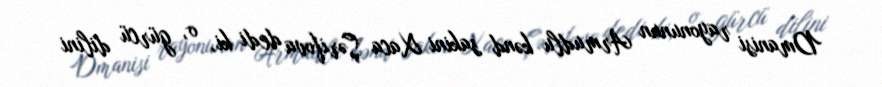
Dmanisi rayonunun Armudlu kənd sakini Xaca Şərifova dedi ki, o, gürcü dilini